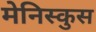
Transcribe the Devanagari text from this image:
मेनिस्कुस